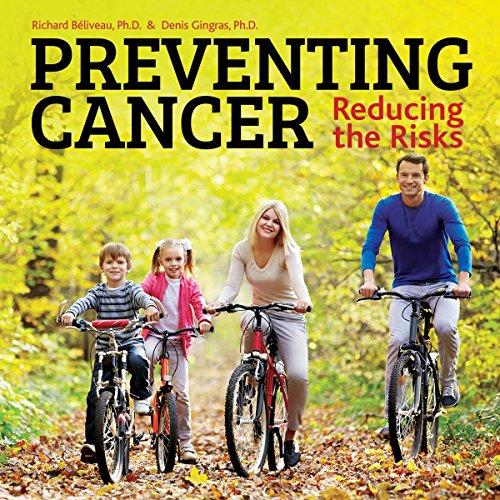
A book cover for Preventing Cancer: Reducing the Risks; Richard Beliveau; Health, Fitness & Dieting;